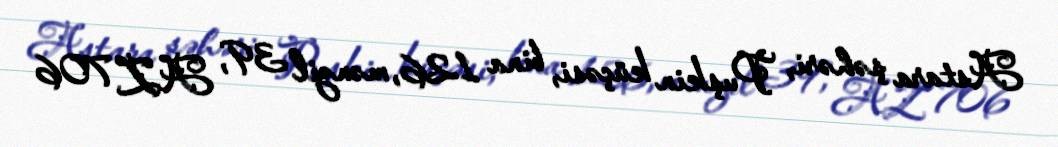
Astara şəhəri, Puşkin küçəsi, bina 126, mənzil 39, AZ 706